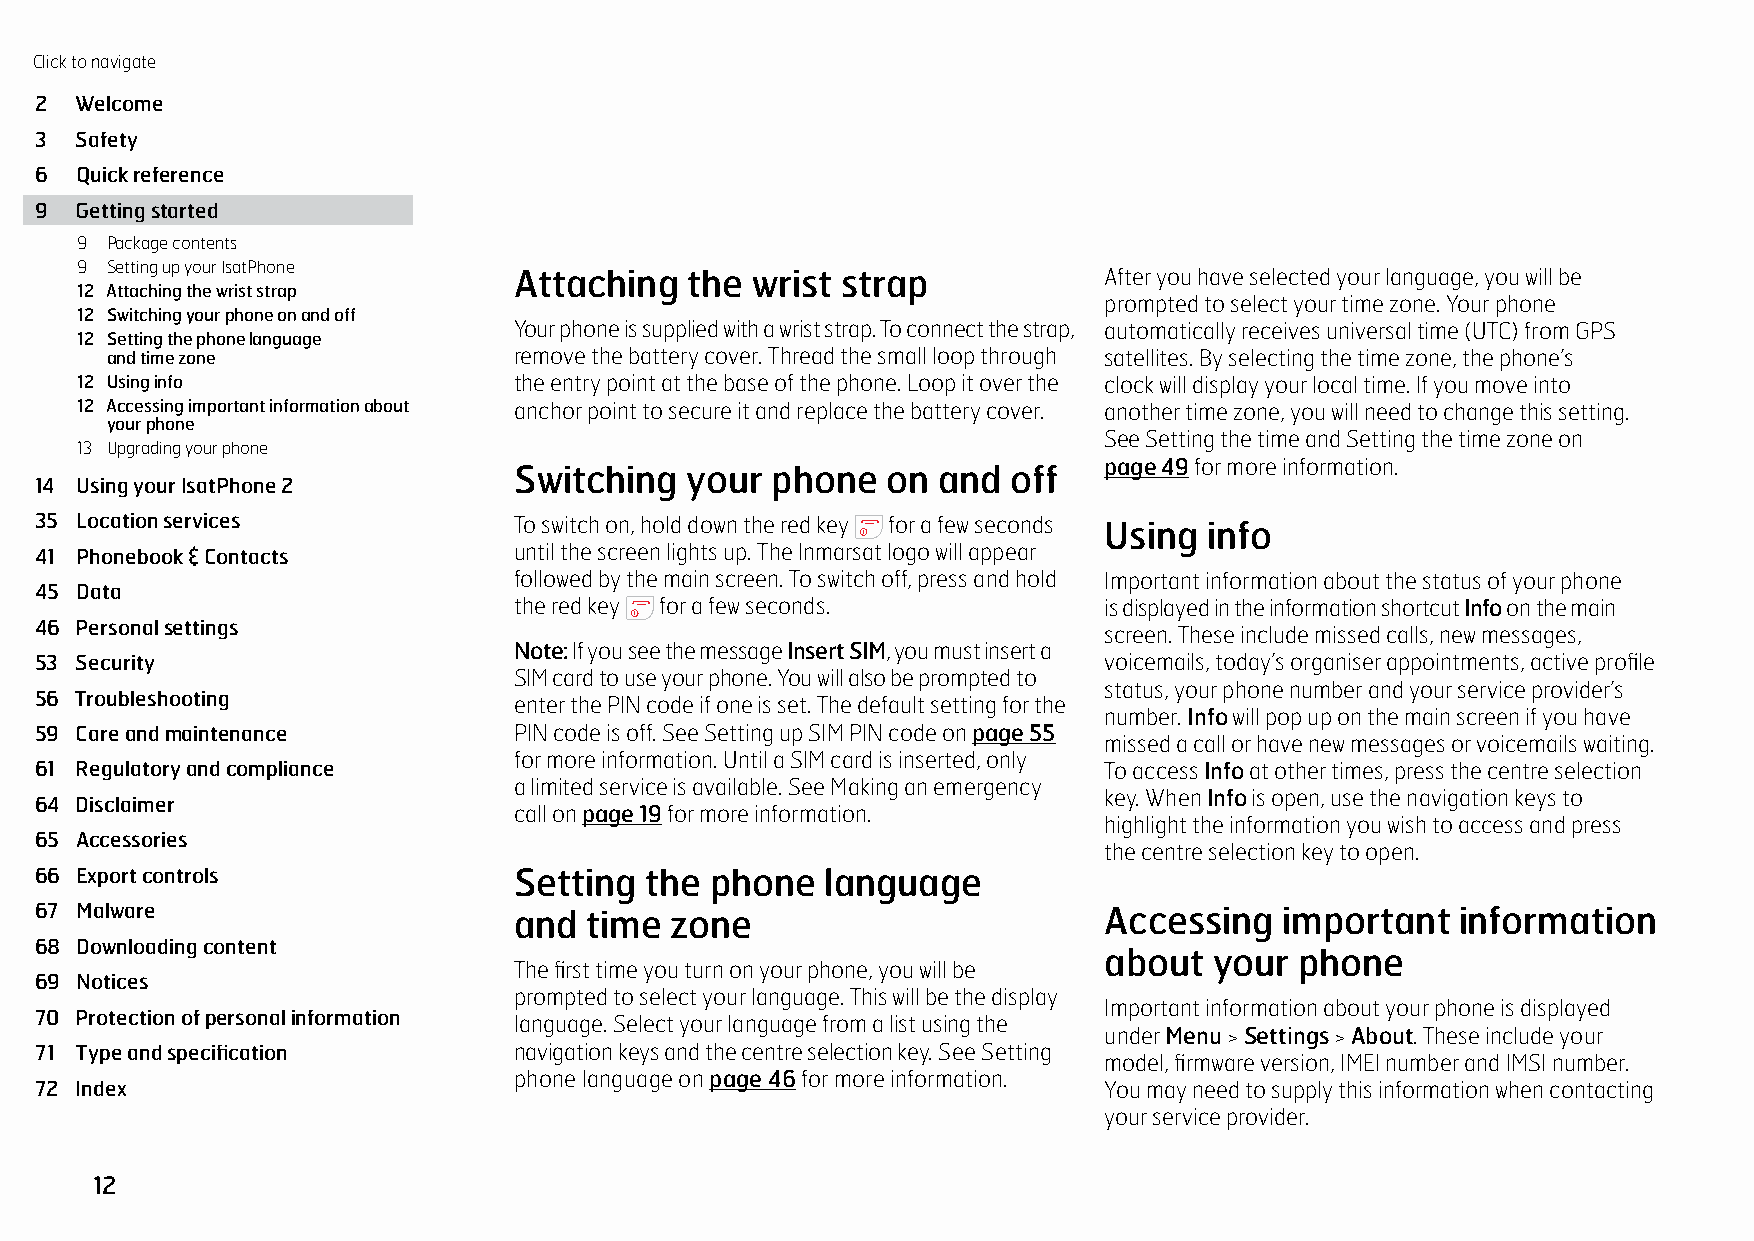
Click to navigate
 2  Welcome
 3  Safety
 6  Quick reference
 9  Getting started
 9 Package contents
 9 Setting up your IsatPhone
 Attaching   the wrist strap            After you have selected your language, you will be
 12 Attaching the wrist strap
 prompted to select your time zone. Your phone
 12 Switching your phone on and off
 Your phone is supplied with a wrist strap. To connect the strap, automatically receives universal time (UTC) from GPS
 12 Setting the phone language
 and time zone              remove the battery cover. Thread the small loop through satellites. By selecting the time zone, the phone’s
 12 Using info                the entry point at the base of the phone. Loop it over the clock will display your local time. If you move into
 12 Accessing important information about anchor point to secure it and replace the battery cover. another time zone, you will need to change this setting.
 your phone
 See Setting the time and Setting the time zone on
 13 Upgrading your phone
 page 49 for more information.
 Switching  your  phone   on and  off
 14 Using your IsatPhone 2
 35 Location services            To switch on, hold down the red key for a few seconds Using info
 41 Phonebook & Contacts         until the screen lights up. The Inmarsat logo will appear
 followed by the main screen. To switch off, press and hold Important information about the status of your phone
 45 Data
 the red key for a few seconds.         is displayed in the information shortcut Info on the main
 46 Personal settings
 screen. These include missed calls, new messages,
 Note: If you see the message Insert SIM, you must insert a
 53 Security                                                            voicemails, today’s organiser appointments, active profile
 SIM card to use your phone. You will also be prompted to
 status, your phone number and your service provider’s
 56 Troubleshooting
 enter the PIN code if one is set. The default setting for the
 number. Info will pop up on the main screen if you have
 59 Care and maintenance         PIN code is off. See Setting up SIM PIN code on page 55
 missed a call or have new messages or voicemails waiting.
 for more information. Until a SIM card is inserted, only
 61 Regulatory and compliance                                           To access Info at other times, press the centre selection
 a limited service is available. See Making an emergency
 key. When Info is open, use the navigation keys to
 64 Disclaimer
 call on page 19 for more information.
 highlight the information you wish to access and press
 65 Accessories
 the centre selection key to open.
 66 Export controls              Setting  the phone   language
 67 Malware                      and  time zone                         Accessing   important   information
 68 Downloading content
 about  your  phone
 The first time you turn on your phone, you will be
 69 Notices
 prompted to select your language. This will be the display
 Important information about your phone is displayed
 70 Protection of personal information language. Select your language from a list using the
 under Menu > Settings > About. These include your
 71 Type and specification       navigation keys and the centre selection key. See Setting
 model, firmware version, IMEI number and IMSI number.
 phone language on page 46 for more information.
 72 Index                                                               You may need to supply this information when contacting
 your service provider.
 12